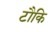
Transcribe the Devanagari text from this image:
टौकि